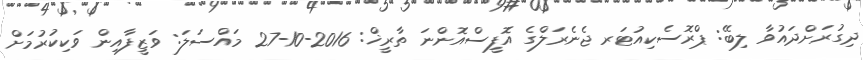
ދިގުރަށްދައުވާ ލިބޭ: ޕްރޮސެކިއުޓަރ ޖެނެރަލްގެ އޮފީސްއޮންނަ ތާރީޚް: 2016-10-27 މައްސަލަ: ވަޒީފާއިން ވަކިކުރުމަށް